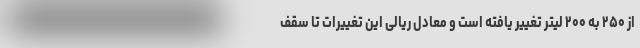
از ۲۵۰ به ۲۰۰ لیتر تغییر یافته است و معادل ریالی این تغییرات تا سقف